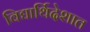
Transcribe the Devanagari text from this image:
विद्यार्थिदेशात